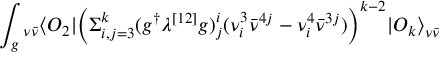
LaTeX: \int _ { g } { } _ { \nu \bar { \nu } } \langle O _ { 2 } | \biggl ( \Sigma _ { i , j = 3 } ^ { k } ( g ^ { \dagger } \lambda ^ { [ 1 2 ] } g ) _ { j } ^ { i } ( \nu _ { i } ^ { 3 } { \bar { \nu } } ^ { 4 j } - \nu _ { i } ^ { 4 } { \bar { \nu } } ^ { 3 j } ) \biggr ) ^ { k - 2 } { | O _ { k } \rangle } _ { \nu \bar { \nu } }